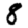
Digit: 8